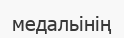
медальінің